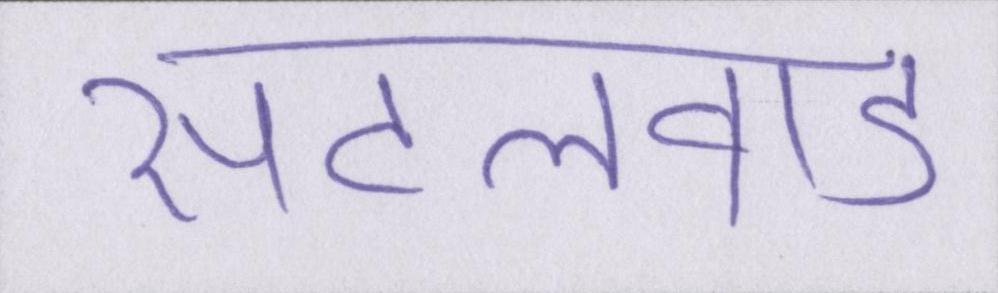
सेटलवाड